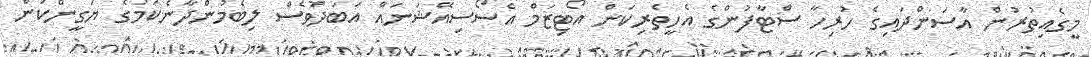
މީގެއިތުރުން އާސަންދައިގެ ހުރިހާ ސްޓާފުންގެ އެހީތެރިކަން އޯޓިޒަމް އެސޯސިއޭޝަނައް އަބަދުވެސް ލިބެމުންދާނެކަމުގެ ޔަގީންކަން